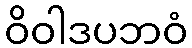
ဝိဝါဒပဘဝံ